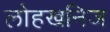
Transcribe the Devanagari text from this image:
लोहखनिज